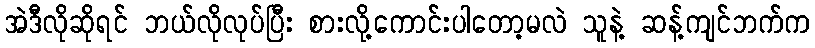
အဲဒီလိုဆိုရင် ဘယ်လိုလုပ်ပြီး စားလို့ကောင်းပါတော့မလဲ သူနဲ့ ဆန့်ကျင်ဘက်က